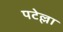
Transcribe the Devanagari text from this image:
पटेल्ला